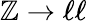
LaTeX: \mathbb{Z}\to\ell\ell